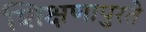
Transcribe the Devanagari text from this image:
शिक्षणापुरते